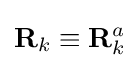
\mathbf {R} _{k}\equiv \mathbf {R} _{k}^{a}